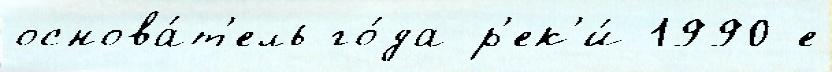
основа́т'ель го́да р'ек'и́ 1990-е